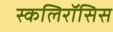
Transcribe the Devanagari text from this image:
स्कलिरॉसिस